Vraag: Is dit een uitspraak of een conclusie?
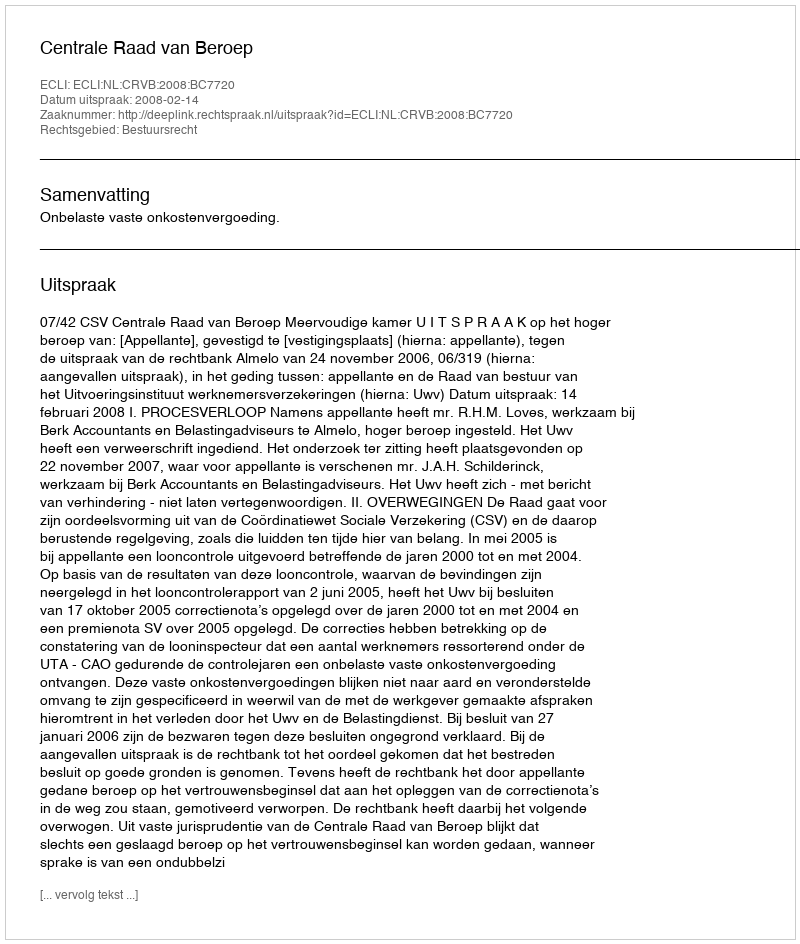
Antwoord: Uitspraak